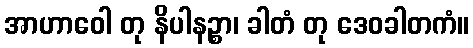
အာဟာဝေါ တု နိပါနဉ္စာ၊ ခါတံ တု ဒေဝခါတကံ။